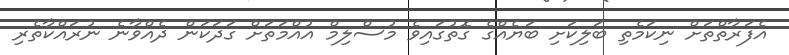
އެފަރާތްތަށް ނިކަމެތި ބަލިކަށި ބަޔެއްގެ ގޮތުގައިވެ މުސްލިމް އުއްމަތަށް ގަދަކަން ދެއްވާނެ ނުރައްކާތެރި